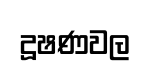
දූෂණවල